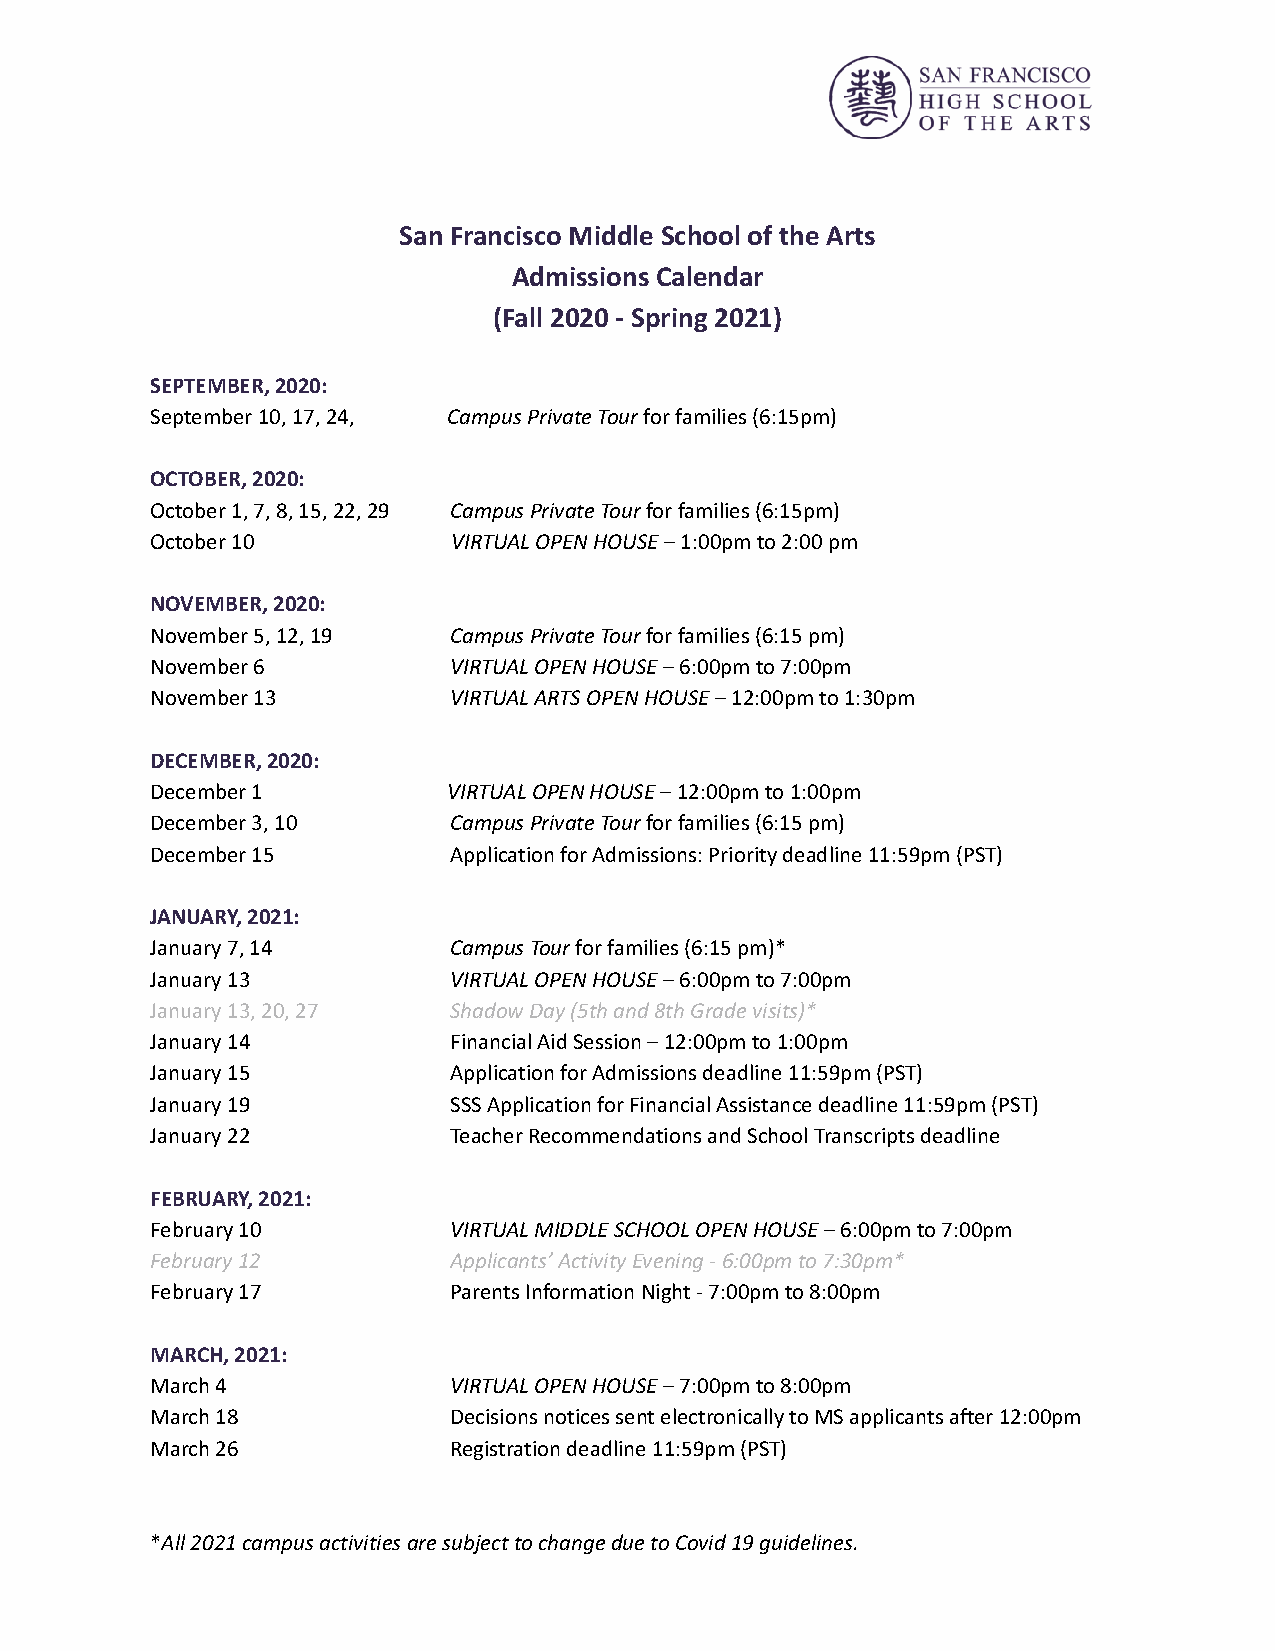
San Francisco Middle School of the Arts
 Admissions Calendar
 (Fall 2020 - Spring 2021)
 SEPTEMBER, 2020:
 September 10, 17, 24, Campus Private Tour for families (6:15pm)
 OCTOBER, 2020:
 October 1, 7, 8, 15, 22, 29 Campus Private Tour for families (6:15pm)
 October 10          VIRTUAL OPEN HOUSE – 1:00pm to 2:00 pm
 NOVEMBER, 2020:
 November 5, 12, 19  Campus Private Tour for families (6:15 pm)
 November 6          VIRTUAL OPEN HOUSE – 6:00pm to 7:00pm
 November 13         VIRTUAL ARTS OPEN HOUSE – 12:00pm to 1:30pm
 DECEMBER, 2020:
 December 1          VIRTUAL OPEN HOUSE – 12:00pm to 1:00pm
 December 3, 10      Campus Private Tour for families (6:15 pm)
 December 15         Application for Admissions: Priority deadline 11:59pm (PST)
 JANUARY, 2021:
 January 7, 14       Campus Tour for families (6:15 pm)*
 January 13          VIRTUAL OPEN HOUSE – 6:00pm to 7:00pm
 January 13, 20, 27  Shadow Day (5th and 8th Grade visits)*
 January 14          Financial Aid Session – 12:00pm to 1:00pm
 January 15          Application for Admissions deadline 11:59pm (PST)
 January 19          SSS Application for Financial Assistance deadline 11:59pm (PST)
 January 22          Teacher Recommendations and School Transcripts deadline
 FEBRUARY, 2021:
 February 10         VIRTUAL MIDDLE SCHOOL OPEN HOUSE – 6:00pm to 7:00pm
 February 12         Applicants’ Activity Evening - 6:00pm to 7:30pm*
 February 17         Parents Information Night - 7:00pm to 8:00pm
 MARCH, 2021:
 March 4             VIRTUAL OPEN HOUSE – 7:00pm to 8:00pm
 March 18            Decisions notices sent electronically to MS applicants after 12:00pm
 March 26            Registration deadline 11:59pm (PST)
 * All 2021 campus activities are subject to change due to Covid 19 guidelines.